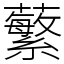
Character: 蘩